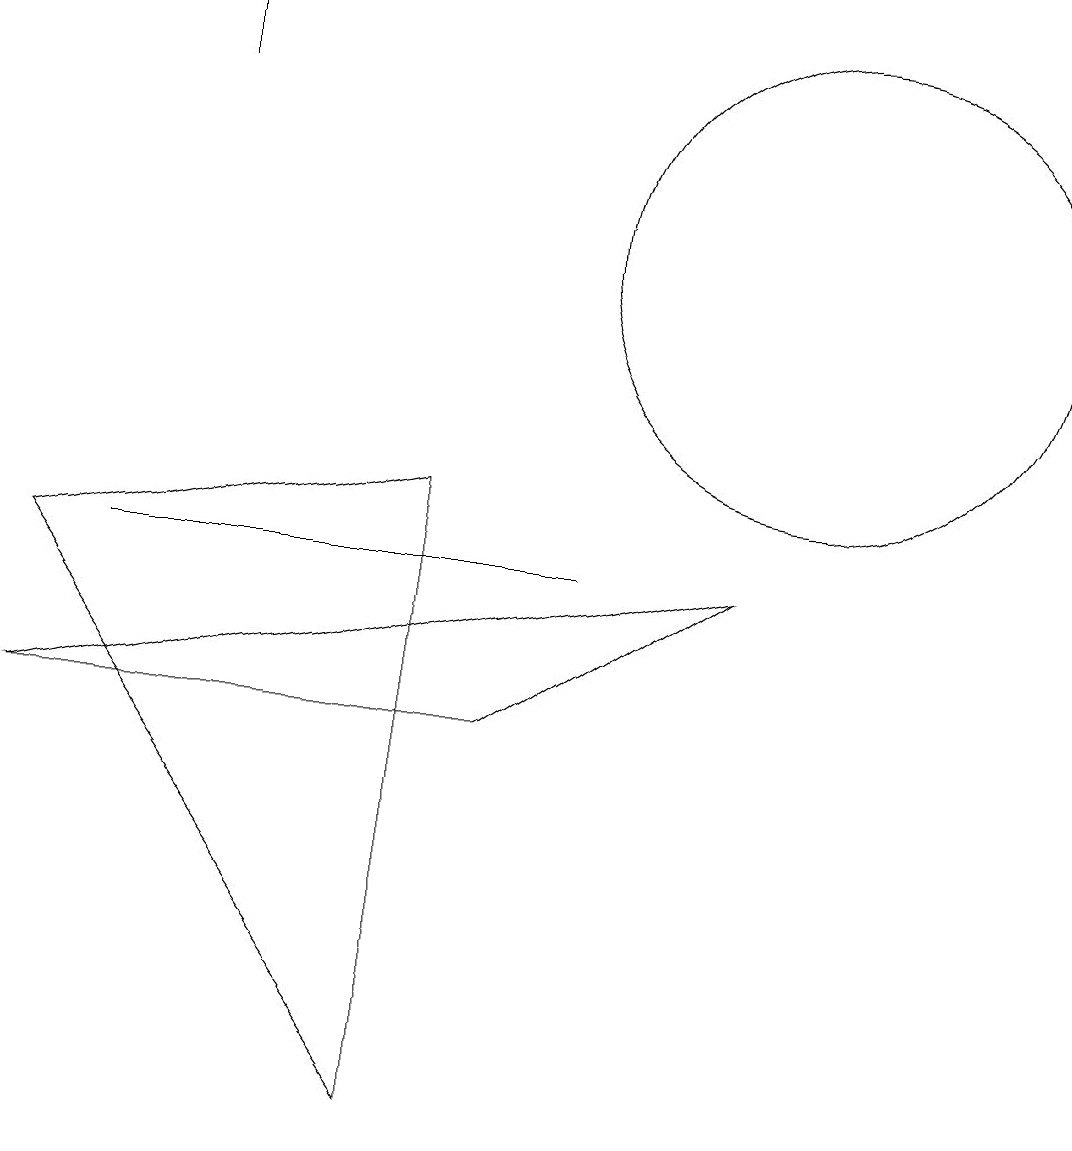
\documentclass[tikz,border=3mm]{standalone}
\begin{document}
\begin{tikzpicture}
\draw (10,11) circle (3);
\draw[->] (2,13) -- (2,14);
\draw (5,0) -- (5,8) -- (0,7) -- cycle;
\draw (9,7) -- (6,5) -- (0,5) -- cycle;
\draw (7,7) -- (1,7) -- (4,7) -- cycle;
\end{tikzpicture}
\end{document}